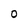
Character: 0